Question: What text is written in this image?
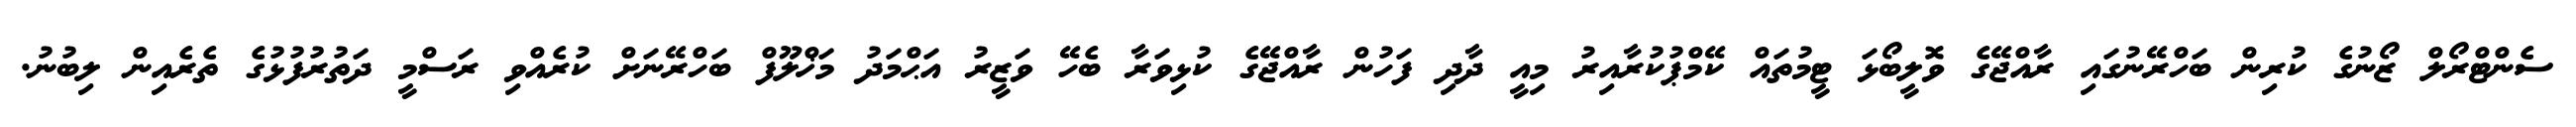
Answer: ސެންޓްރޯލް ޒޯނުގެ ކުރިން ބަހްރޭނުގައި ރާއްޖޭގެ ވޮލީބޯޅަ ޓީމުތައް ކޭމްޕުކުރާއިރު މިއީ ދާދި ފަހުން ރާއްޖޭގެ ކުޅިވަރާ ބެހޭ ވަޒީރު އަޙްމަދު މަޚްލޫފް ބަހްރޭނަށް ކުރެއްވި ރަސްމީ ދަތުރުފުޅުގެ ތެރެއިން ލިބުނު.